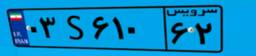
۰۳S۶۱۰۶۲